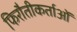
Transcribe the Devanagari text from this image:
फिरौतीकर्ताओं